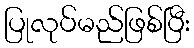
ပြုလုပ်မည်ဖြစ်ပြီး